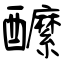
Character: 醿